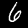
Label: 6